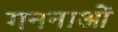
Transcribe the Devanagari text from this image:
गननाओं